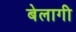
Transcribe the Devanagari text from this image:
बेलागी